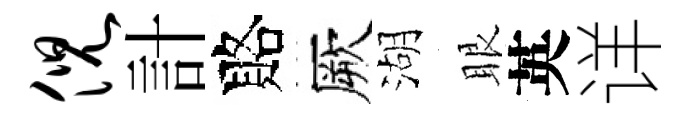
倪計賂厥湖眼英详